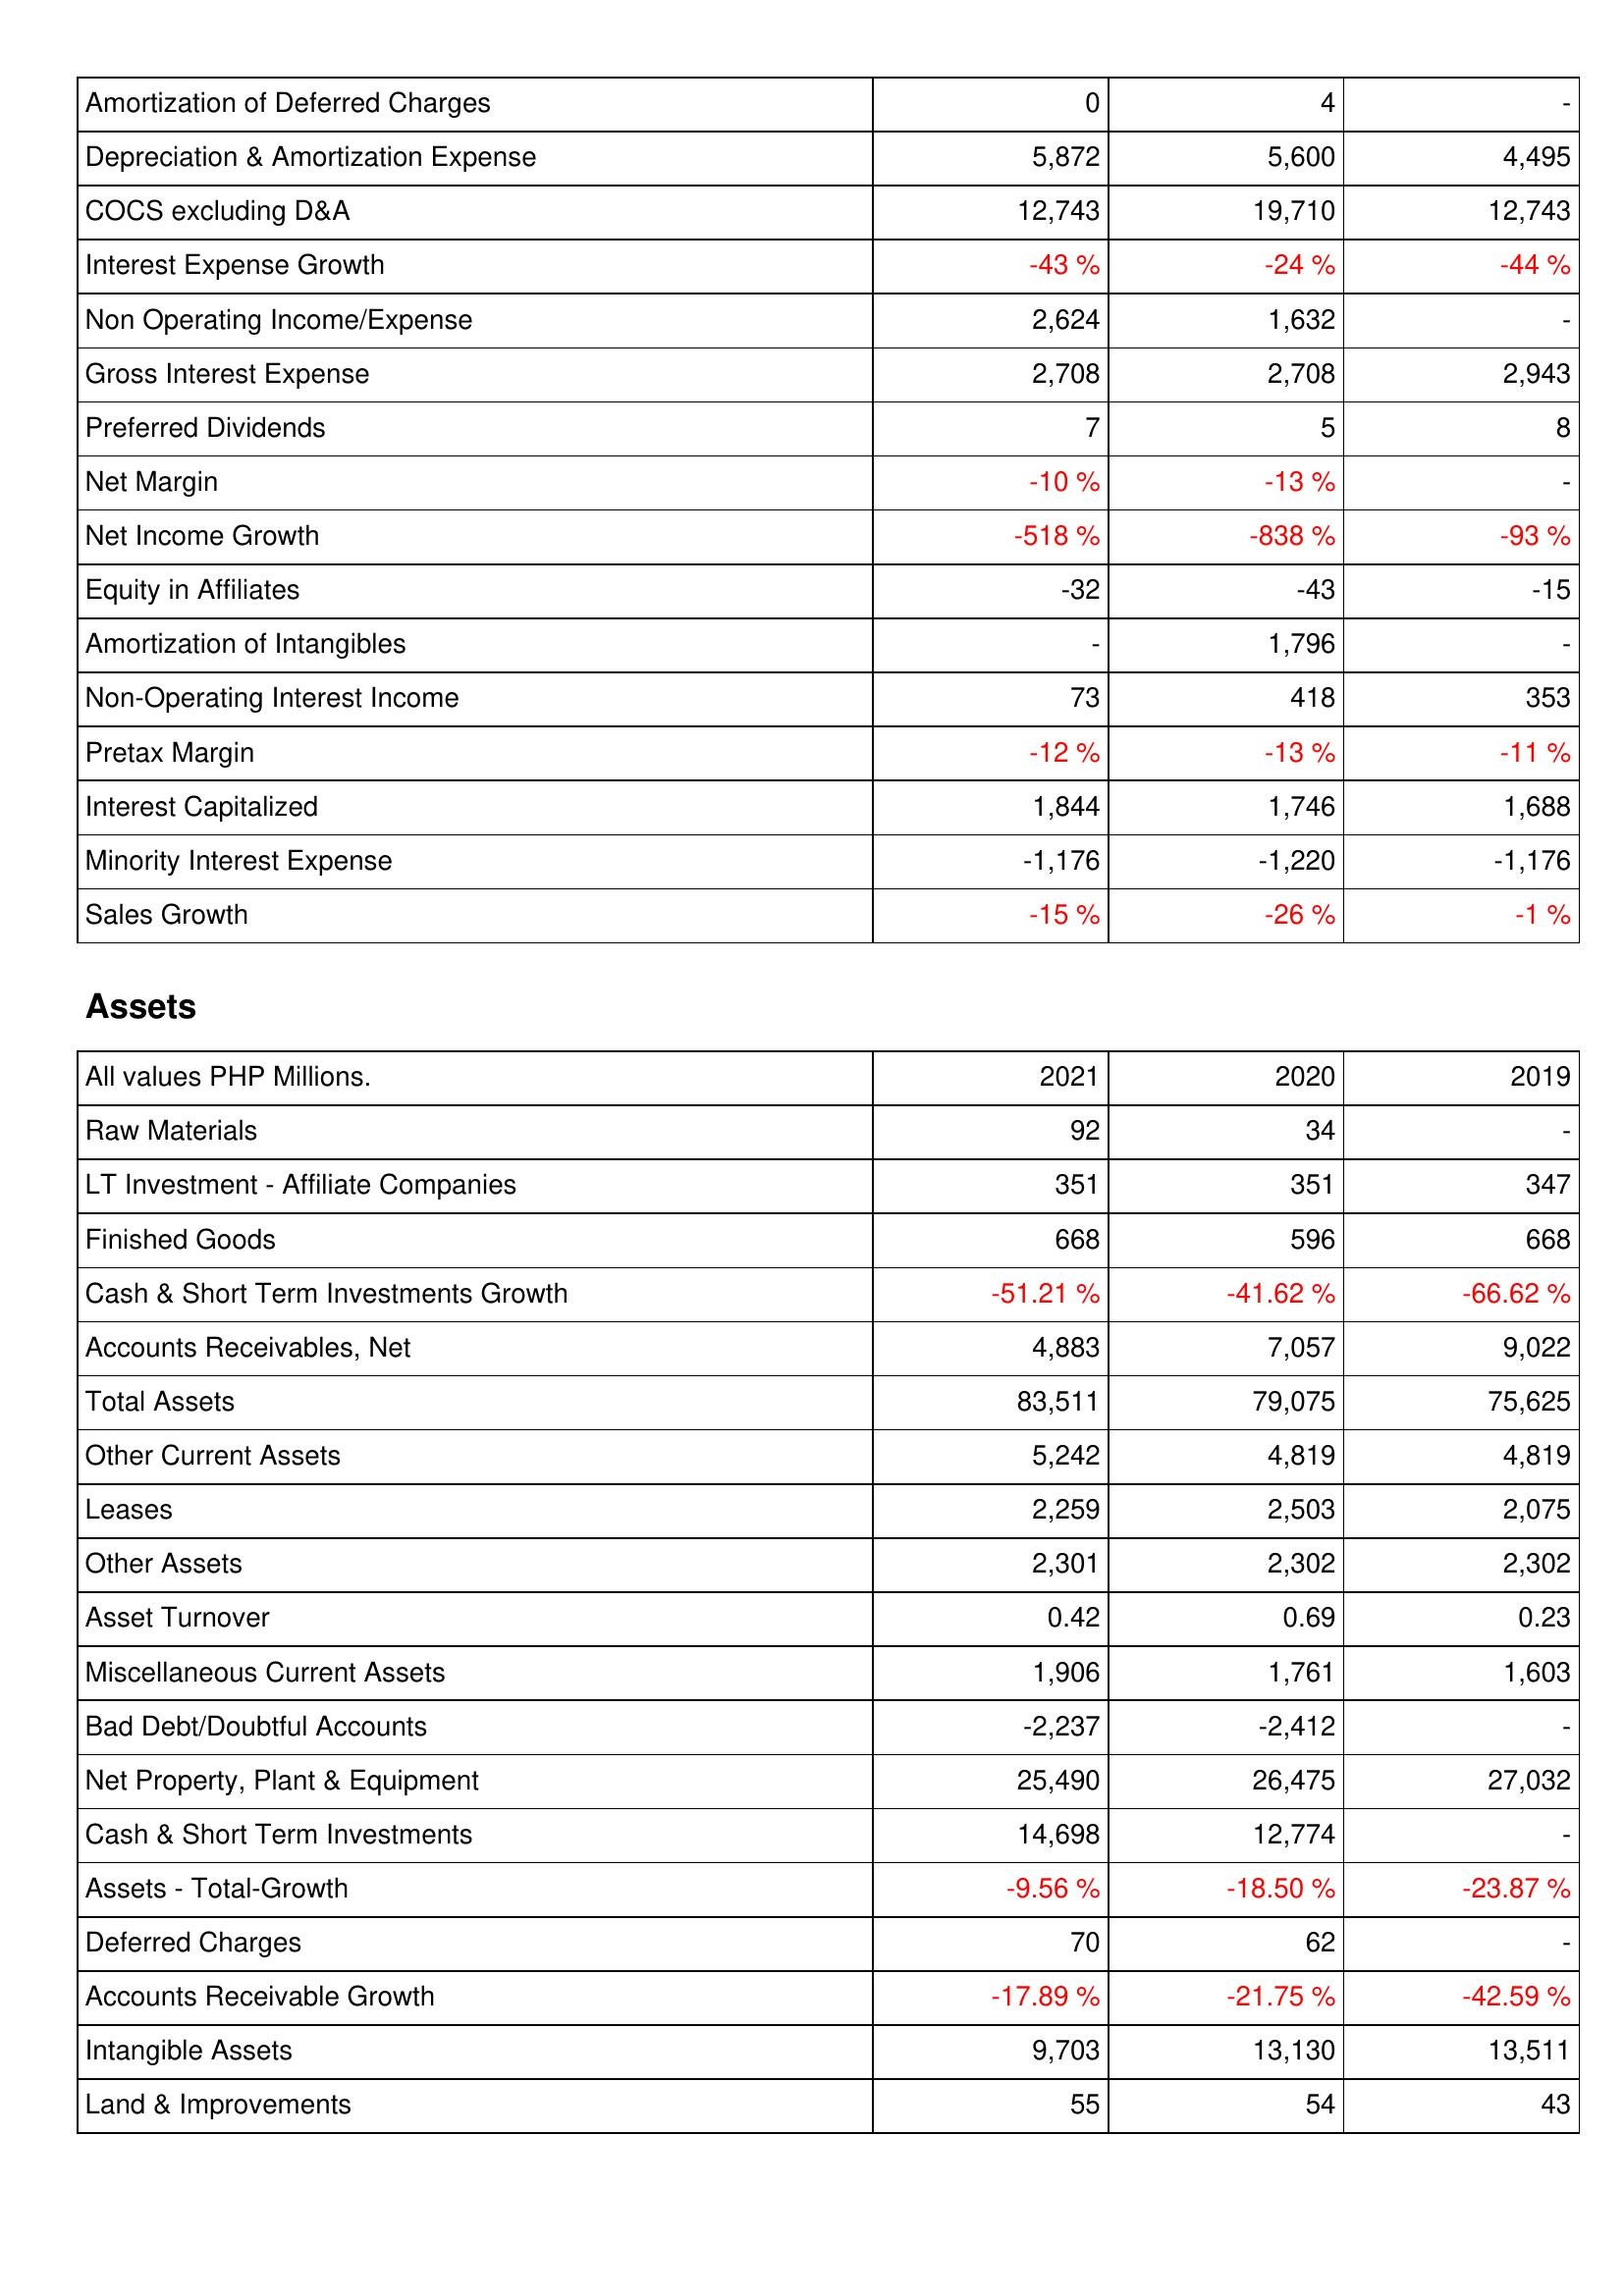
2021: Income Statement: Amortization of Deferred Charges: 0
Depreciation & Amortization Expense: 5,872
COCS excluding D&A: 12,743
Interest Expense Growth: -43 %
Non Operating Income/Expense: 2,624
Gross Interest Expense: 2,708
Preferred Dividends: 7
Net Margin: -10 %
Net Income Growth: -518 %
Equity in Affiliates: -32
Amortization of Intangibles: -
Non-Operating Interest Income: 73
Pretax Margin: -12 %
Interest Capitalized: 1,844
Minority Interest Expense: -1,176
Sales Growth: -15 %
Assets: Raw Materials: 92
LT Investment - Affiliate Companies: 351
Finished Goods: 668
Cash & Short Term Investments Growth: -51.21 %
Accounts Receivables, Net: 4,883
Total Assets: 83,511
Other Current Assets: 5,242
Leases: 2,259
Other Assets: 2,301
Asset Turnover: 0.42
Miscellaneous Current Assets: 1,906
Bad Debt/Doubtful Accounts: -2,237
Net Property, Plant & Equipment: 25,490
Cash & Short Term Investments: 14,698
Assets - Total-Growth: -9.56 %
Deferred Charges: 70
Accounts Receivable Growth: -17.89 %
Intangible Assets: 9,703
Land & Improvements: 55
2020: Income Statement: Amortization of Deferred Charges: 4
Depreciation & Amortization Expense: 5,600
COCS excluding D&A: 19,710
Interest Expense Growth: -24 %
Non Operating Income/Expense: 1,632
Gross Interest Expense: 2,708
Preferred Dividends: 5
Net Margin: -13 %
Net Income Growth: -838 %
Equity in Affiliates: -43
Amortization of Intangibles: 1,796
Non-Operating Interest Income: 418
Pretax Margin: -13 %
Interest Capitalized: 1,746
Minority Interest Expense: -1,220
Sales Growth: -26 %
Assets: Raw Materials: 34
LT Investment - Affiliate Companies: 351
Finished Goods: 596
Cash & Short Term Investments Growth: -41.62 %
Accounts Receivables, Net: 7,057
Total Assets: 79,075
Other Current Assets: 4,819
Leases: 2,503
Other Assets: 2,302
Asset Turnover: 0.69
Miscellaneous Current Assets: 1,761
Bad Debt/Doubtful Accounts: -2,412
Net Property, Plant & Equipment: 26,475
Cash & Short Term Investments: 12,774
Assets - Total-Growth: -18.50 %
Deferred Charges: 62
Accounts Receivable Growth: -21.75 %
Intangible Assets: 13,130
Land & Improvements: 54
2019: Income Statement: Amortization of Deferred Charges: -
Depreciation & Amortization Expense: 4,495
COCS excluding D&A: 12,743
Interest Expense Growth: -44 %
Non Operating Income/Expense: -
Gross Interest Expense: 2,943
Preferred Dividends: 8
Net Margin: -
Net Income Growth: -93 %
Equity in Affiliates: -15
Amortization of Intangibles: -
Non-Operating Interest Income: 353
Pretax Margin: -11 %
Interest Capitalized: 1,688
Minority Interest Expense: -1,176
Sales Growth: -1 %
Assets: Raw Materials: -
LT Investment - Affiliate Companies: 347
Finished Goods: 668
Cash & Short Term Investments Growth: -66.62 %
Accounts Receivables, Net: 9,022
Total Assets: 75,625
Other Current Assets: 4,819
Leases: 2,075
Other Assets: 2,302
Asset Turnover: 0.23
Miscellaneous Current Assets: 1,603
Bad Debt/Doubtful Accounts: -
Net Property, Plant & Equipment: 27,032
Cash & Short Term Investments: -
Assets - Total-Growth: -23.87 %
Deferred Charges: -
Accounts Receivable Growth: -42.59 %
Intangible Assets: 13,511
Land & Improvements: 43